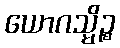
ယောဂသ္မိဉ္စ